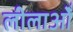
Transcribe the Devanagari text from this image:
लीलाओँ